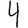
Digit: 4